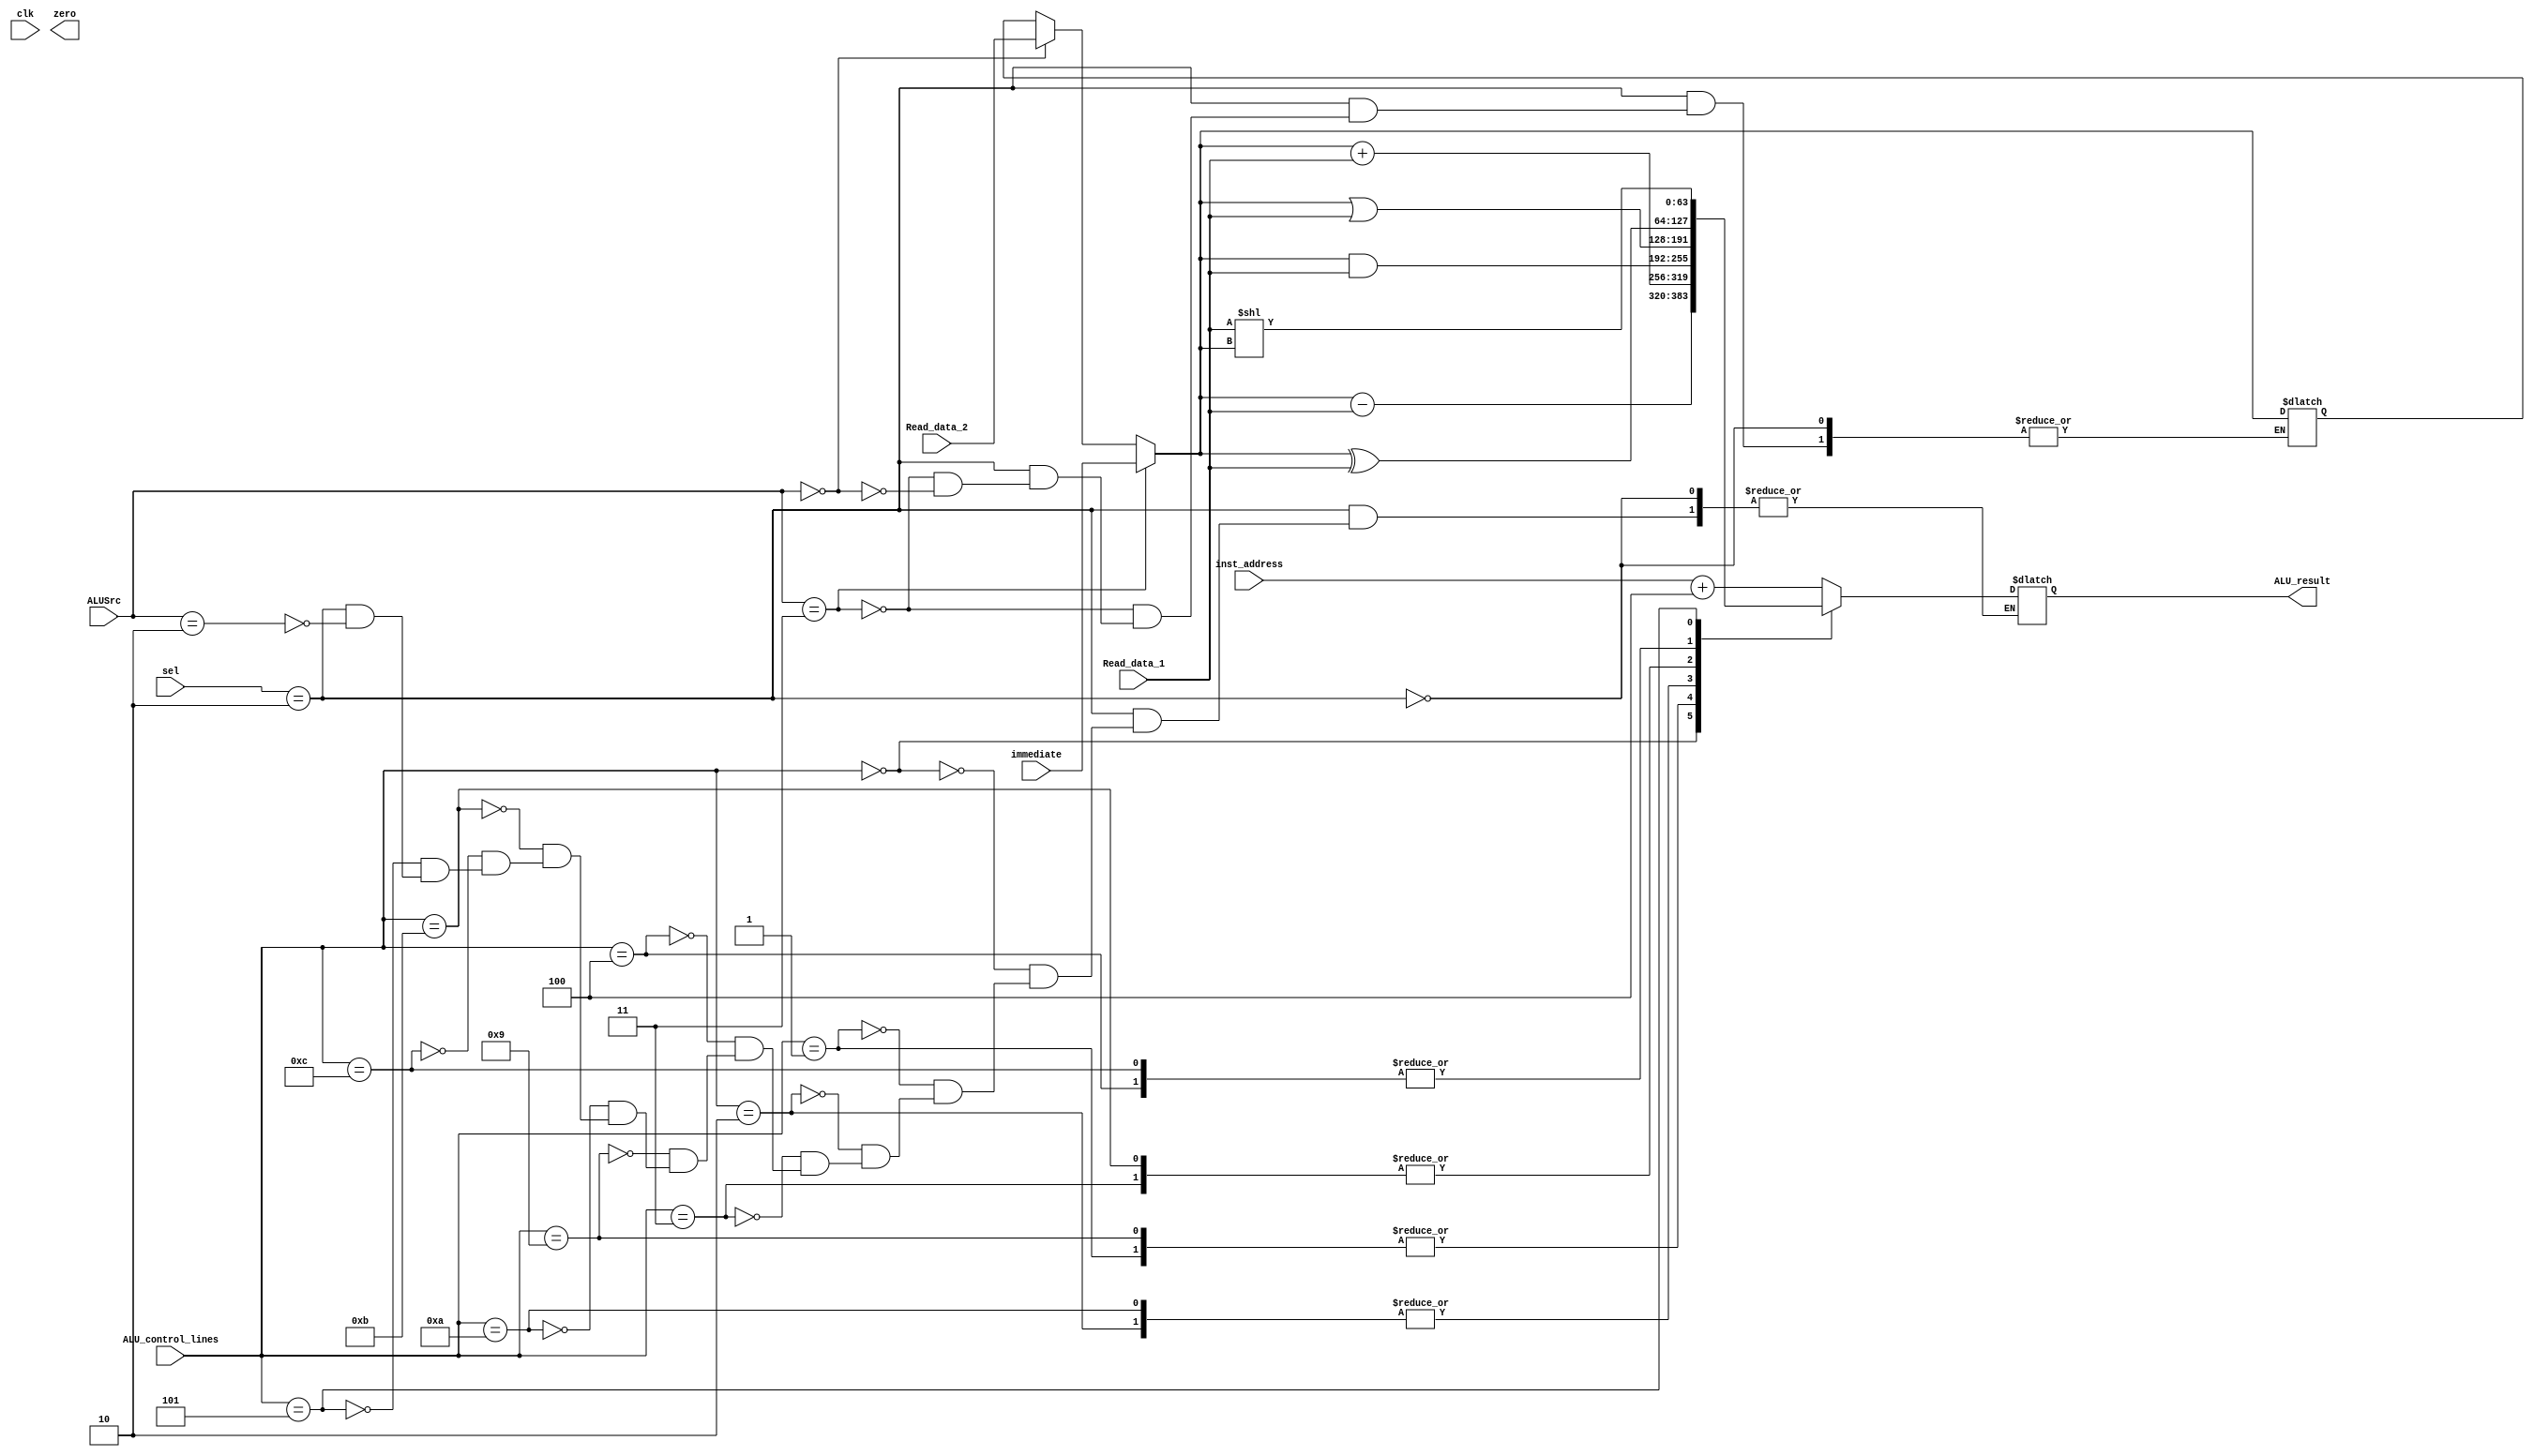
module ALU(
    input clk,
    input [2:0] sel,
    input [63:0] Read_data_1,
    input [63:0] Read_data_2,
    input [63:0] inst_address,
    input [63:0] immediate,
    input [3:0] ALU_control_lines,
    input [1:0]ALUSrc,
    output reg zero,
    output reg [63:0] ALU_result           
    );
    reg [63:0] data2;
    always@(*)
    
    begin
        if(sel==2)begin
            $display(" ALU ");
            if(ALUSrc==2'b11) data2[63:0]=immediate[63:0];
            else if(ALUSrc==2'b00) data2[63:0]=Read_data_2[63:0];
            if(ALUSrc==2'b10)begin ALU_result=inst_address+4;$display(" ALU jal %b",inst_address+4); end 
           
           
            case(ALU_control_lines)
            4'b0000: begin ALU_result=data2 - Read_data_1;//subtract
                            
                     end 
            4'b0001: ALU_result=data2 + Read_data_1; //add
            4'b0010: ALU_result=data2 & Read_data_1; //AND
            4'b0011: ALU_result=data2 | Read_data_1; //or
            4'b0100: ALU_result=data2 ^ Read_data_1; //xor
            4'b1001: ALU_result=data2 + Read_data_1; //addi
            4'b1010: ALU_result=data2 & Read_data_1; //ANDi
            4'b1011: ALU_result=data2 | Read_data_1; //ori
            4'b1100: ALU_result=data2 ^ Read_data_1; //xori
            4'b0101: ALU_result= Read_data_1<<data2; //slli
            4'b0100: ALU_result=Read_data_1>>data2; //srli
            4'b0100: ALU_result=$signed(Read_data_1)>>>data2; //srai
            
            endcase 
            
            
        end
    end
    
endmodule